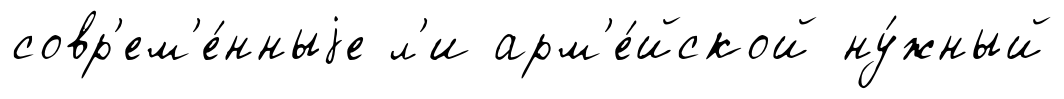
совр'ем'е́нныjе л'и арм'е́йской ну́жный